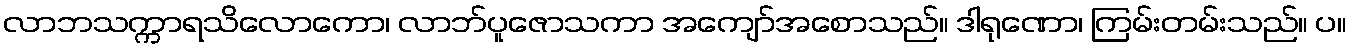
လာဘသက္ကာရသိလောကော၊ လာဘ်ပူဇောသကာ အကျော်အစောသည်။ ဒါရုဏော၊ ကြမ်းတမ်းသည်။ ပ။